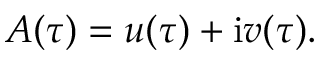
A ( \tau ) = u ( \tau ) + \mathrm { i } v ( \tau ) .